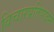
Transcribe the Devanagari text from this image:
विचारप्रतिपादन